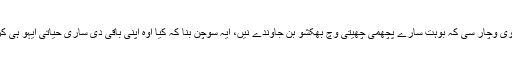
رنپوچے دا ایہ وی وچار سی کہ بوہت سارے پچھمی چھیتی وچ بھکشو بن جاوندے نیں، ایہ سوچن بنا کہ کیا اوہ اپنی باقی دی ساری حیاتی ایہو ہی کرنا چاہندے نیں۔